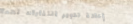
إعادة تدوير النفايات لحما